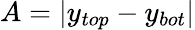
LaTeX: A=|y_{top}-y_{bot}|